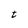
Character: t